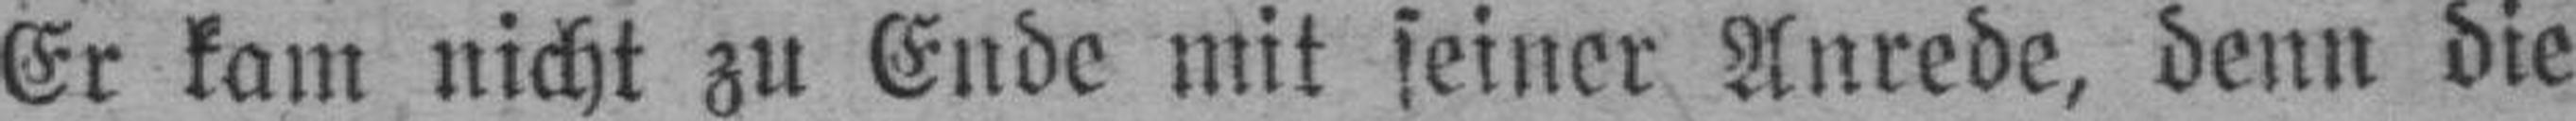
Er kam nicht zu Ende mit seiner Anrede, denn die